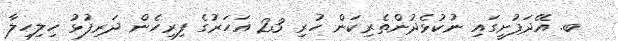
ބ. އޭދަފުށީގައި ނުކުޅެދުންތެރިކަން ހުރި 23 އަހަރުގެ ފިރިހެން ދަރިފުޅު ހިލިހިލާ